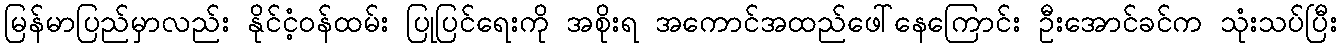
မြန်မာပြည်မှာလည်း နိုင်ငံ့ဝန်ထမ်း ပြုပြင်ရေးကို အစိုးရ အကောင်အထည်ဖေါ်နေကြောင်း ဦးအောင်ခင်က သုံးသပ်ပြီး